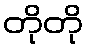
တိုတို